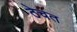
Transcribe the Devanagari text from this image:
ठेचत